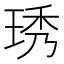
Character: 琇